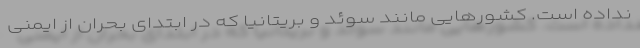
نداده است. کشورهایی مانند سوئد و بریتانیا که در ابتدای بحران از ایمنی